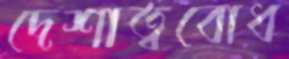
দেশাত্ববোধ